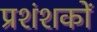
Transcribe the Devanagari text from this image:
प्रशंशकों